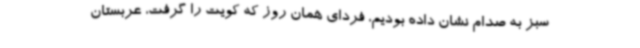
سبز به صدام نشان داده بودیم، فردای همان روز که کویت را گرفت، عربستان